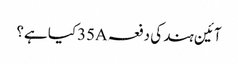
آئین ہند کی دفعہ 35Aکیا ہے؟